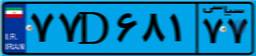
۷۷D۶۸۱۷۷